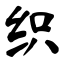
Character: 织